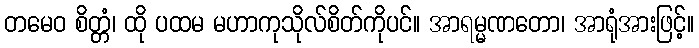
တမေဝ စိတ္တံ၊ ထို ပထမ မဟာကုသိုလ်စိတ်ကိုပင်။ အာရမ္မဏတော၊ အာရုံအားဖြင့်။